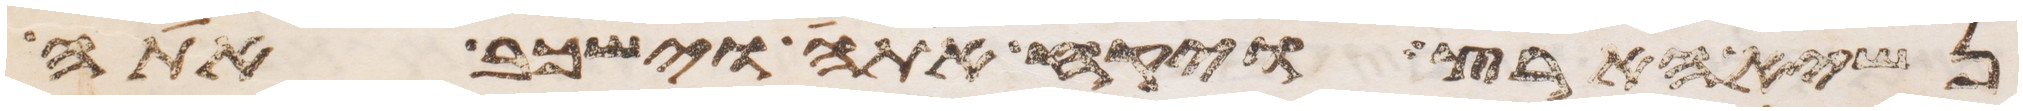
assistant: נשיא הארץ ויקח אתה וישכב אתה